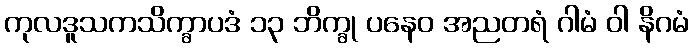
ကုလဒူသကသိက္ခာပဒံ ၁၃ ဘိက္ခု ပနေဝ အညတရံ ဂါမံ ဝါ နိဂမံ